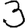
Digit: 3